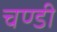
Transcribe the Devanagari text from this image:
चण्‍डी